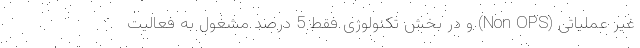
غیر عملیاتی (Non OPS) و در بخش تکنولوژی فقط 5 درصد مشغول به فعالیت